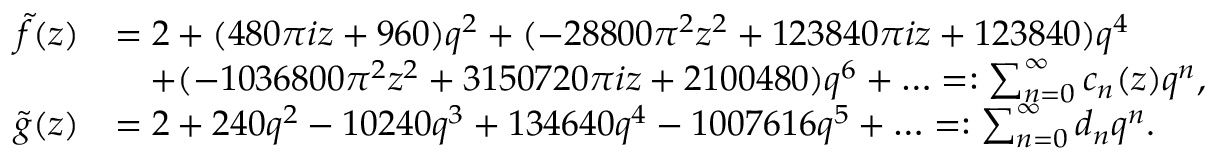
\begin{array} { r l } { \widetilde { f } ( z ) } & { = 2 + ( 4 8 0 \pi i z + 9 6 0 ) q ^ { 2 } + ( - 2 8 8 0 0 \pi ^ { 2 } z ^ { 2 } + 1 2 3 8 4 0 \pi i z + 1 2 3 8 4 0 ) q ^ { 4 } } \\ & { \quad + ( - 1 0 3 6 8 0 0 \pi ^ { 2 } z ^ { 2 } + 3 1 5 0 7 2 0 \pi i z + 2 1 0 0 4 8 0 ) q ^ { 6 } + \ldots = : \sum _ { n = 0 } ^ { \infty } c _ { n } ( z ) q ^ { n } , } \\ { \widetilde { g } ( z ) } & { = 2 + 2 4 0 q ^ { 2 } - 1 0 2 4 0 q ^ { 3 } + 1 3 4 6 4 0 q ^ { 4 } - 1 0 0 7 6 1 6 q ^ { 5 } + \ldots = : \sum _ { n = 0 } ^ { \infty } d _ { n } q ^ { n } . } \end{array}